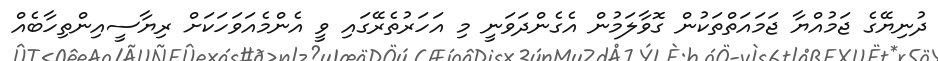
ދުނިޔޭގެ ޖަމުއްޔާ ޖަމައަތްތަކުން ގޮވާލަމުން އެގެންދަވަނީ މި އަހަރުތެރޭގައި ވީ އެންމެއަވަހަކަށް ރިޔާސީއިންތިހާބެއް